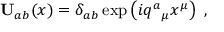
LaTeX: \mathbf { U } _ { a b } ( x ) = \delta _ { a b } \exp \left( i q ^ { a } { } _ { \mu } x ^ { \mu } \right) \ ,